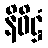
နိဝိဋ္ဌံ